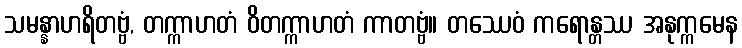
သမန္နာဟရိတဗ္ဗံ, တက္ကာဟတံ ဝိတက္ကာဟတံ ကာတဗ္ဗံ။ တဿေဝံ ကရောန္တဿ အနုက္ကမေန